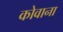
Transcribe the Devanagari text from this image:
कोवाना